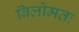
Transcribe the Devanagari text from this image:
विलोमतः